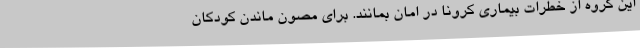
این گروه از خطرات بیماری کرونا در امان بمانند. برای مصون ماندن کودکان